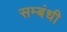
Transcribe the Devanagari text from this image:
सम्‍बंधी